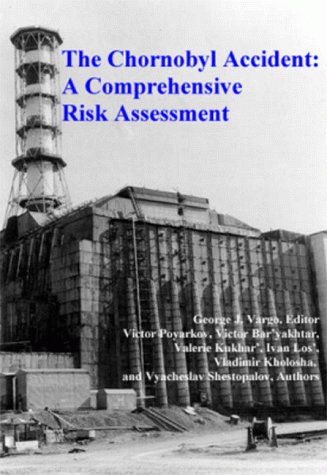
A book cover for The Chornobyl Accident: A Comprehensive Risk Assessment; Victor Baryakhtar; Science & Math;